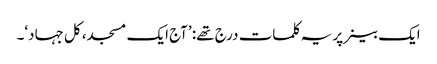
ایک بینر پر یہ کلمات درج تھے: ’آج ایک مسجد، کل جہاد‘۔